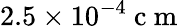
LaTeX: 2.5\times 10^{-4}\mathrm{~c~m~}